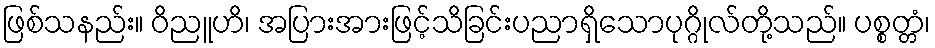
ဖြစ်သနည်း။ ဝိညူဟိ၊ အပြားအားဖြင့်သိခြင်းပညာရှိသောပုဂ္ဂိုလ်တို့သည်။ ပစ္စတ္တံ၊